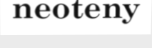
neoteny